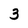
Character: 3